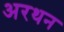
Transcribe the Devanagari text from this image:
अरथन